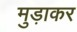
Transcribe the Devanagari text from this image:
मुड़ाकर